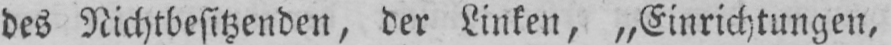
des Nichtbesitzenden, der Linken, „Einrichtungen,